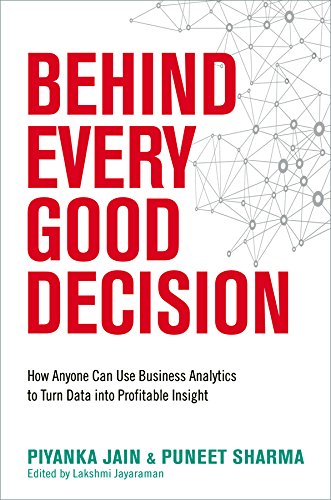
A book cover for Behind Every Good Decision: How Anyone Can Use Business Analytics to Turn Data into Profitable Insight; Piyanka Jain; Computers & Technology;